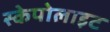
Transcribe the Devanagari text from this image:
स्केपोलाइट